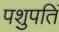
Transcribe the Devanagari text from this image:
पशुपतिं